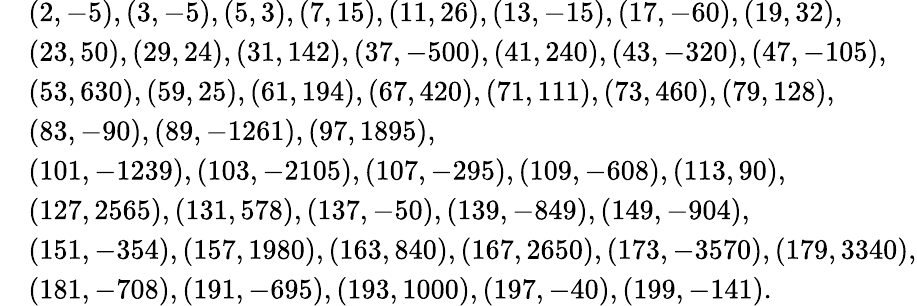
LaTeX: \begin{array}{rl}&{(2,-5),(3,-5),(5,3),(7,15),(11,26),(13,-15),(17,-60),(19,32),}\\ &{(23,50),(29,24),(31,142),(37,-500),(41,240),(43,-320),(47,-105),}\\ &{(53,630),(59,25),(61,194),(67,420),(71,111),(73,460),(79,128),}\\ &{(83,-90),(89,-1261),(97,1895),}\\ &{(101,-1239),(103,-2105),(107,-295),(109,-608),(113,90),}\\ &{(127,2565),(131,578),(137,-50),(139,-849),(149,-904),}\\ &{(151,-354),(157,1980),(163,840),(167,2650),(173,-3570),(179,3340),}\\ &{(181,-708),(191,-695),(193,1000),(197,-40),(199,-141).}\end{array}